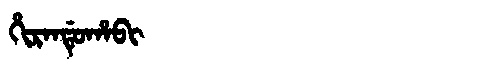
Manchu: ᡥᡳᡵᠠᠨᡩᡠᡥᠠᠪᡳ
Romanization: HIRANDUHABI